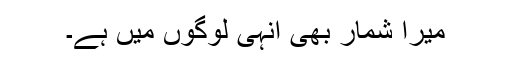
میرا شمار بھی انہی لوگوں میں ہے۔